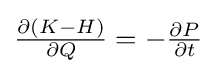
{\textstyle {\frac {\partial (K-H)}{\partial Q}}=-{\frac {\partial P}{\partial t}}}